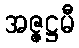
အဇ္ဇဋ္ဌမီ